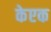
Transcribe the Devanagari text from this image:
केएक